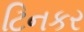
ટિનકર